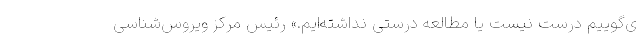
ی‌گوییم درست نیست یا مطالعه درستی نداشته‌ایم.» رئیس مرکز ویروس‌شناسی